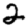
Digit: 2